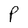
Character: P